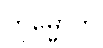
ကုမ္မောတိ